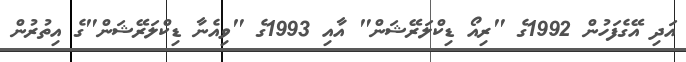
އަދި އޭގެފަހުން 1992ގެ "ރިއޯ ޑިކްލަރޭޝަން" އާއި 1993ގެ "ވިއެނާ ޑިކްލަރޭޝަން"ގެ އިތުރުން